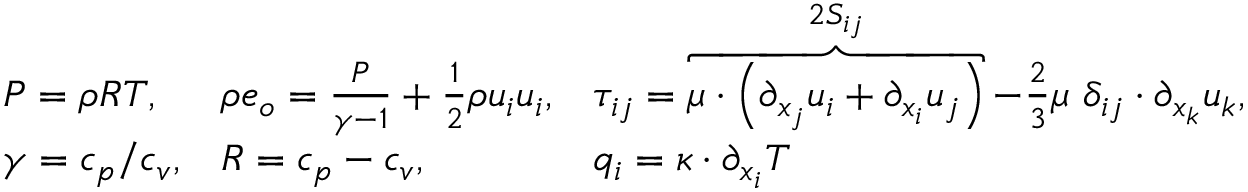
\begin{array} { r } { \begin{array} { l l l l l l l l } { P = \rho R T , } & { \rho e _ { o } = \frac { P } { \gamma - 1 } + \frac { 1 } { 2 } \rho u _ { i } u _ { i } , } & { \tau _ { i j } = \overbrace { \mu \cdot \left( \partial _ { x _ { j } } u _ { i } + \partial _ { x _ { i } } u _ { j } \right) } ^ { 2 S _ { i j } } - \frac { 2 } { 3 } \mu \ \delta _ { i j } \cdot \partial _ { x _ { k } } u _ { k } , } \\ { \gamma = c _ { p } / c _ { v } , } & { R = c _ { p } - c _ { v } , } & { q _ { i } = \kappa \cdot \partial _ { x _ { i } } T } \end{array} } \end{array}